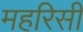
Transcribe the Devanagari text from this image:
महरिसी